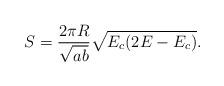
LaTeX: \begin{align*}S=\frac{2\pi R}{\sqrt{ab}}\sqrt{E_c(2E-E_c)}.\end{align*}